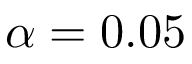
\alpha = 0 . 0 5